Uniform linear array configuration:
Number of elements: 48
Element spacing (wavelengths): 0.5
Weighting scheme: blackman
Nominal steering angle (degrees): -30
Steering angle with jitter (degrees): -30.191
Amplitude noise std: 0.05
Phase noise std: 0.05

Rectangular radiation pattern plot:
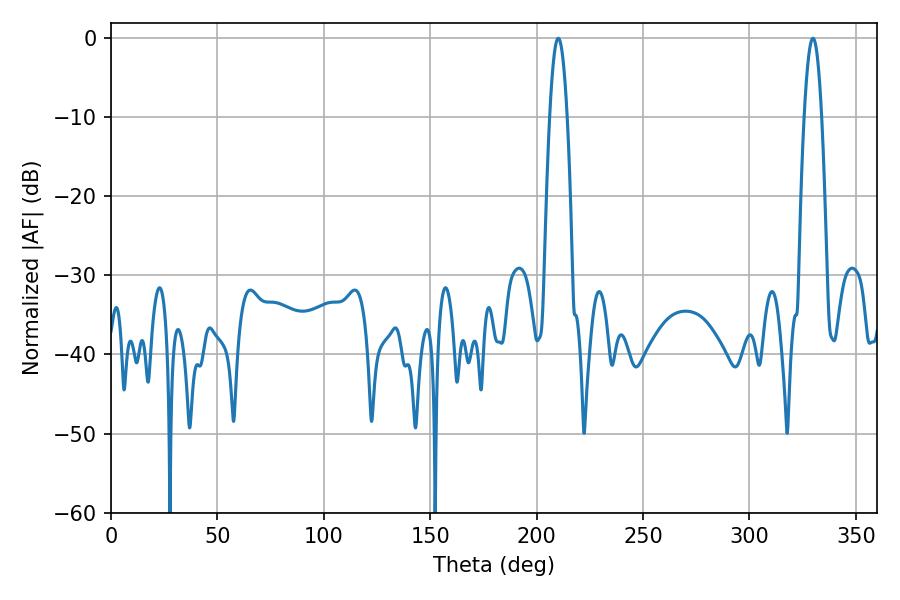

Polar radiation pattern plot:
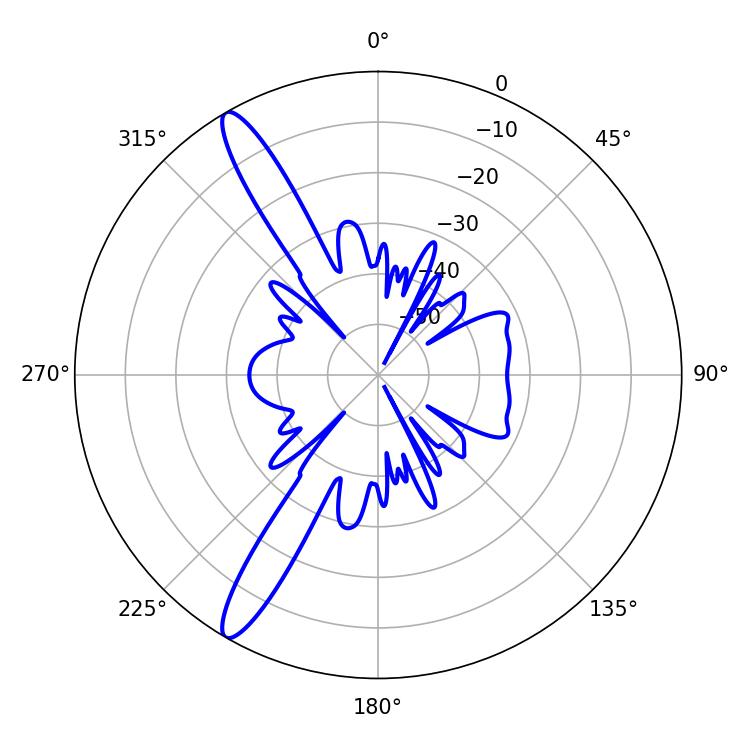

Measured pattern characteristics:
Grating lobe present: FALSE
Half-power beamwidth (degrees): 4.5
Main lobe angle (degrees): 210.24